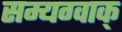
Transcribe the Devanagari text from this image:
सम्यग्वाक्